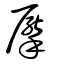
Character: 擪